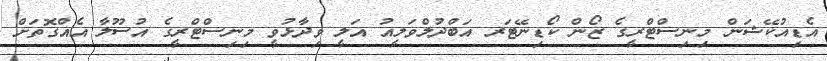
އެޑިއުކޭޝަން މިނިސްޓްރީގެ ޒޯން ކޯޑިނޭޓަރ އަބްދުލްވަލީއު އަލީ ވިދާޅުވީ މިނިސްޓްރީގެ އުސޫލާ އެއްގޮތަށް